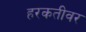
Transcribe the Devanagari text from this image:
हरकतीवर